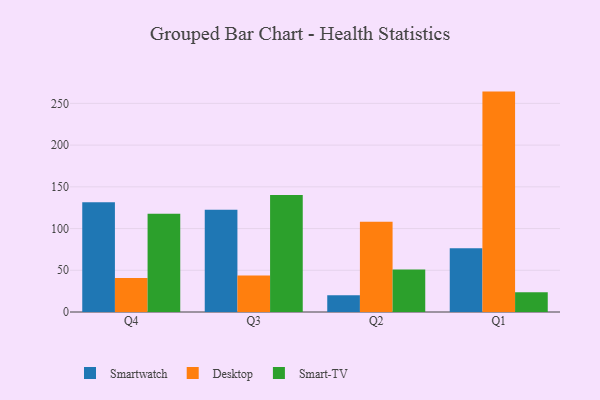
{"axis": {"x": "Quarter", "y": "Page Views"}, "legend": ["Desktop", "Smart-TV", "Smartwatch"], "data": [{"x": "Q4", "y": 131.6, "type": "Smartwatch"}, {"x": "Q4", "y": 40.7, "type": "Desktop"}, {"x": "Q4", "y": 117.6, "type": "Smart-TV"}, {"x": "Q3", "y": 122.5, "type": "Smartwatch"}, {"x": "Q3", "y": 43.7, "type": "Desktop"}, {"x": "Q3", "y": 140.1, "type": "Smart-TV"}, {"x": "Q2", "y": 20.1, "type": "Smartwatch"}, {"x": "Q2", "y": 108.1, "type": "Desktop"}, {"x": "Q2", "y": 50.9, "type": "Smart-TV"}, {"x": "Q1", "y": 76.3, "type": "Smartwatch"}, {"x": "Q1", "y": 264.1, "type": "Desktop"}, {"x": "Q1", "y": 23.8, "type": "Smart-TV"}]}